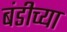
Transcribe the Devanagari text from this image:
बंडीच्या